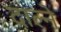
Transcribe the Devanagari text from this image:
दाल्ने